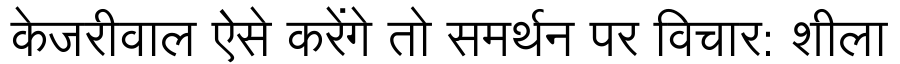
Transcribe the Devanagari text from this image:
केजरीवाल ऐसे करेंगे तो समर्थन पर विचार: शीला